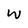
Character: W